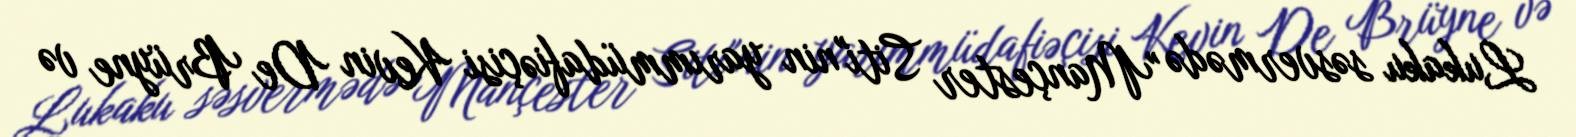
Lukaku səsvermədə "Mançester Siti"nin yarımmüdafiəçisi Kevin De Brüyne və